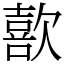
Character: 歖